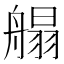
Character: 䑽